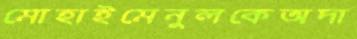
মোহাইমেনুলকেঅদা